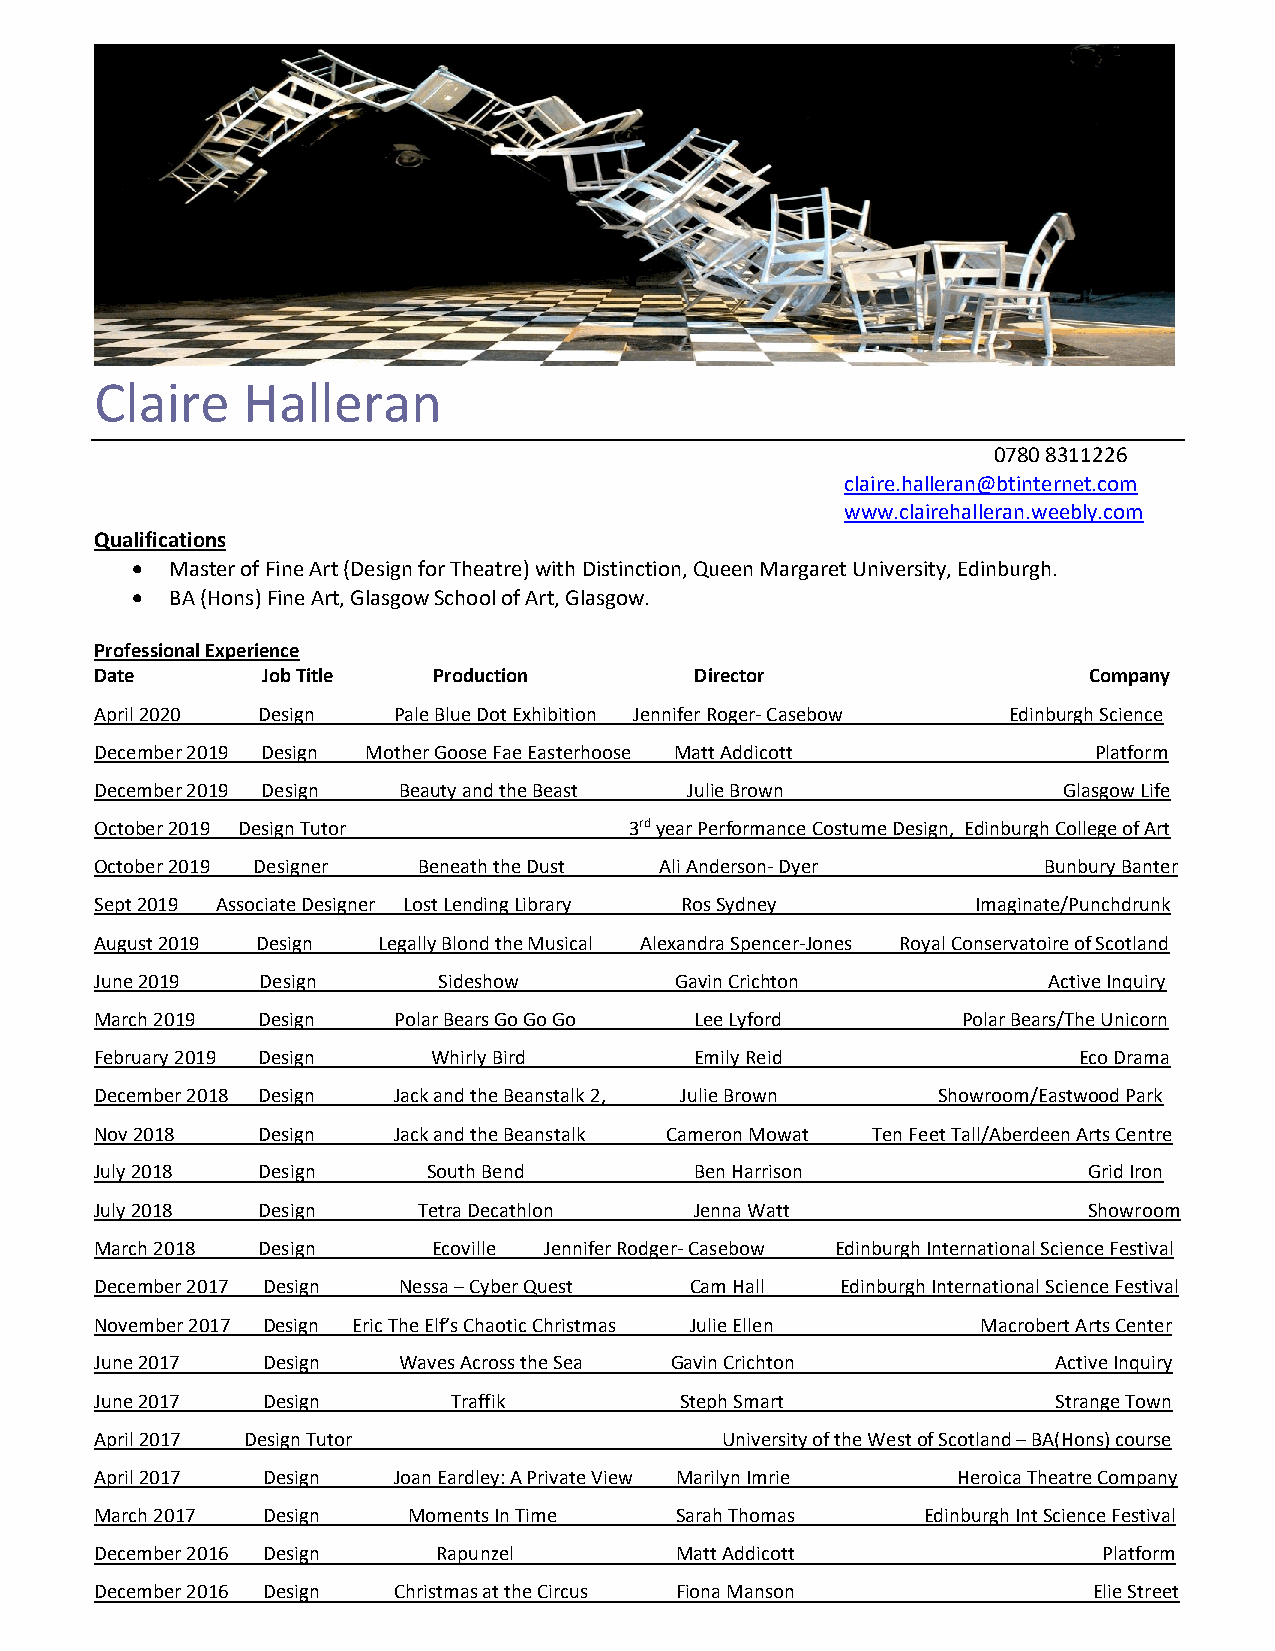
Claire    Halleran
 0780 8311226
 claire.halleran@btinternet.com
 www.clairehalleran.weebly.com
 Qualifications
 • Master of Fine Art (Design for Theatre) with Distinction, Queen Margaret University, Edinburgh.
 • BA (Hons) Fine Art, Glasgow School of Art, Glasgow.
 Professional Experience
 Date       Job Title   Production       Director                  Company
 April 2020 Design   Pale Blue Dot Exhibition Jennifer Roger- Casebow Edinburgh Science
 December 2019 Design Mother Goose Fae Easterhoose Matt Addicott   Platform
 December 2019 Design Beauty and the Beast Julie Brown           Glasgow Life
 October 2019 Design Tutor           3rd year Performance Costume Design, Edinburgh College of Art
 October 2019 Designer Beneath the Dust Ali Anderson- Dyer      Bunbury Banter
 Sept 2019 Associate Designer Lost Lending Library Ros Sydney Imaginate/Punchdrunk
 August 2019 Design Legally Blond the Musical Alexandra Spencer-Jones Royal Conservatoire of Scotland
 June 2019  Design      Sideshow        Gavin Crichton          Active Inquiry
 March 2019 Design   Polar Bears Go Go Go Lee Lyford       Polar Bears/The Unicorn
 February 2019 Design   Whirly Bird      Emily Reid               Eco Drama
 December 2018 Design Jack and the Beanstalk 2, Julie Brown Showroom/Eastwood Park
 Nov 2018   Design   Jack and the Beanstalk Cameron Mowat Ten Feet Tall/Aberdeen Arts Centre
 July 2018  Design     South Bend        Ben Harrison              Grid Iron
 July 2018  Design     Tetra Decathlon   Jenna Watt                Showroom
 March 2018 Design      Ecoville Jennifer Rodger- Casebow Edinburgh International Science Festival
 December 2017 Design Nessa – Cyber Quest Cam Hall Edinburgh International Science Festival
 November 2017 Design Eric The Elf’s Chaotic Christmas Julie Ellen Macrobert Arts Center
 June 2017  Design   Waves Across the Sea Gavin Crichton         Active Inquiry
 June 2017  Design       Traffik        Steph Smart              Strange Town
 April 2017 Design Tutor                   University of the West of Scotland – BA(Hons) course
 April 2017 Design   Joan Eardley: A Private View Marilyn Imrie Heroica Theatre Company
 March 2017 Design    Moments In Time   Sarah Thomas    Edinburgh Int Science Festival
 December 2016 Design   Rapunzel        Matt Addicott               Platform
 December 2016 Design Christmas at the Circus Fiona Manson         Elie Street